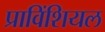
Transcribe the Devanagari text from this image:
प्राविंशियल